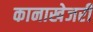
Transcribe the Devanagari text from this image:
कानाखेजरी